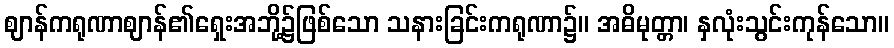
ဈာန်ကရုဏာဈာန်၏ရှေးအဘို့၌ဖြစ်သော သနားခြင်းကရုဏာ၌။ အဓိမုတ္တာ၊ နှလုံးသွင်းကုန်သော။